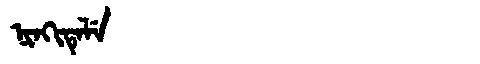
Manchu: ᠨᡳᠨᡴᡳᡨᡝᠯᡝ
Romanization: NINKITELE